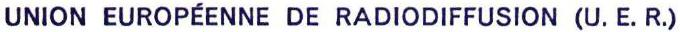
UNION EUROPÉENNE DE RADIODIFFUSION (U. E. R.)